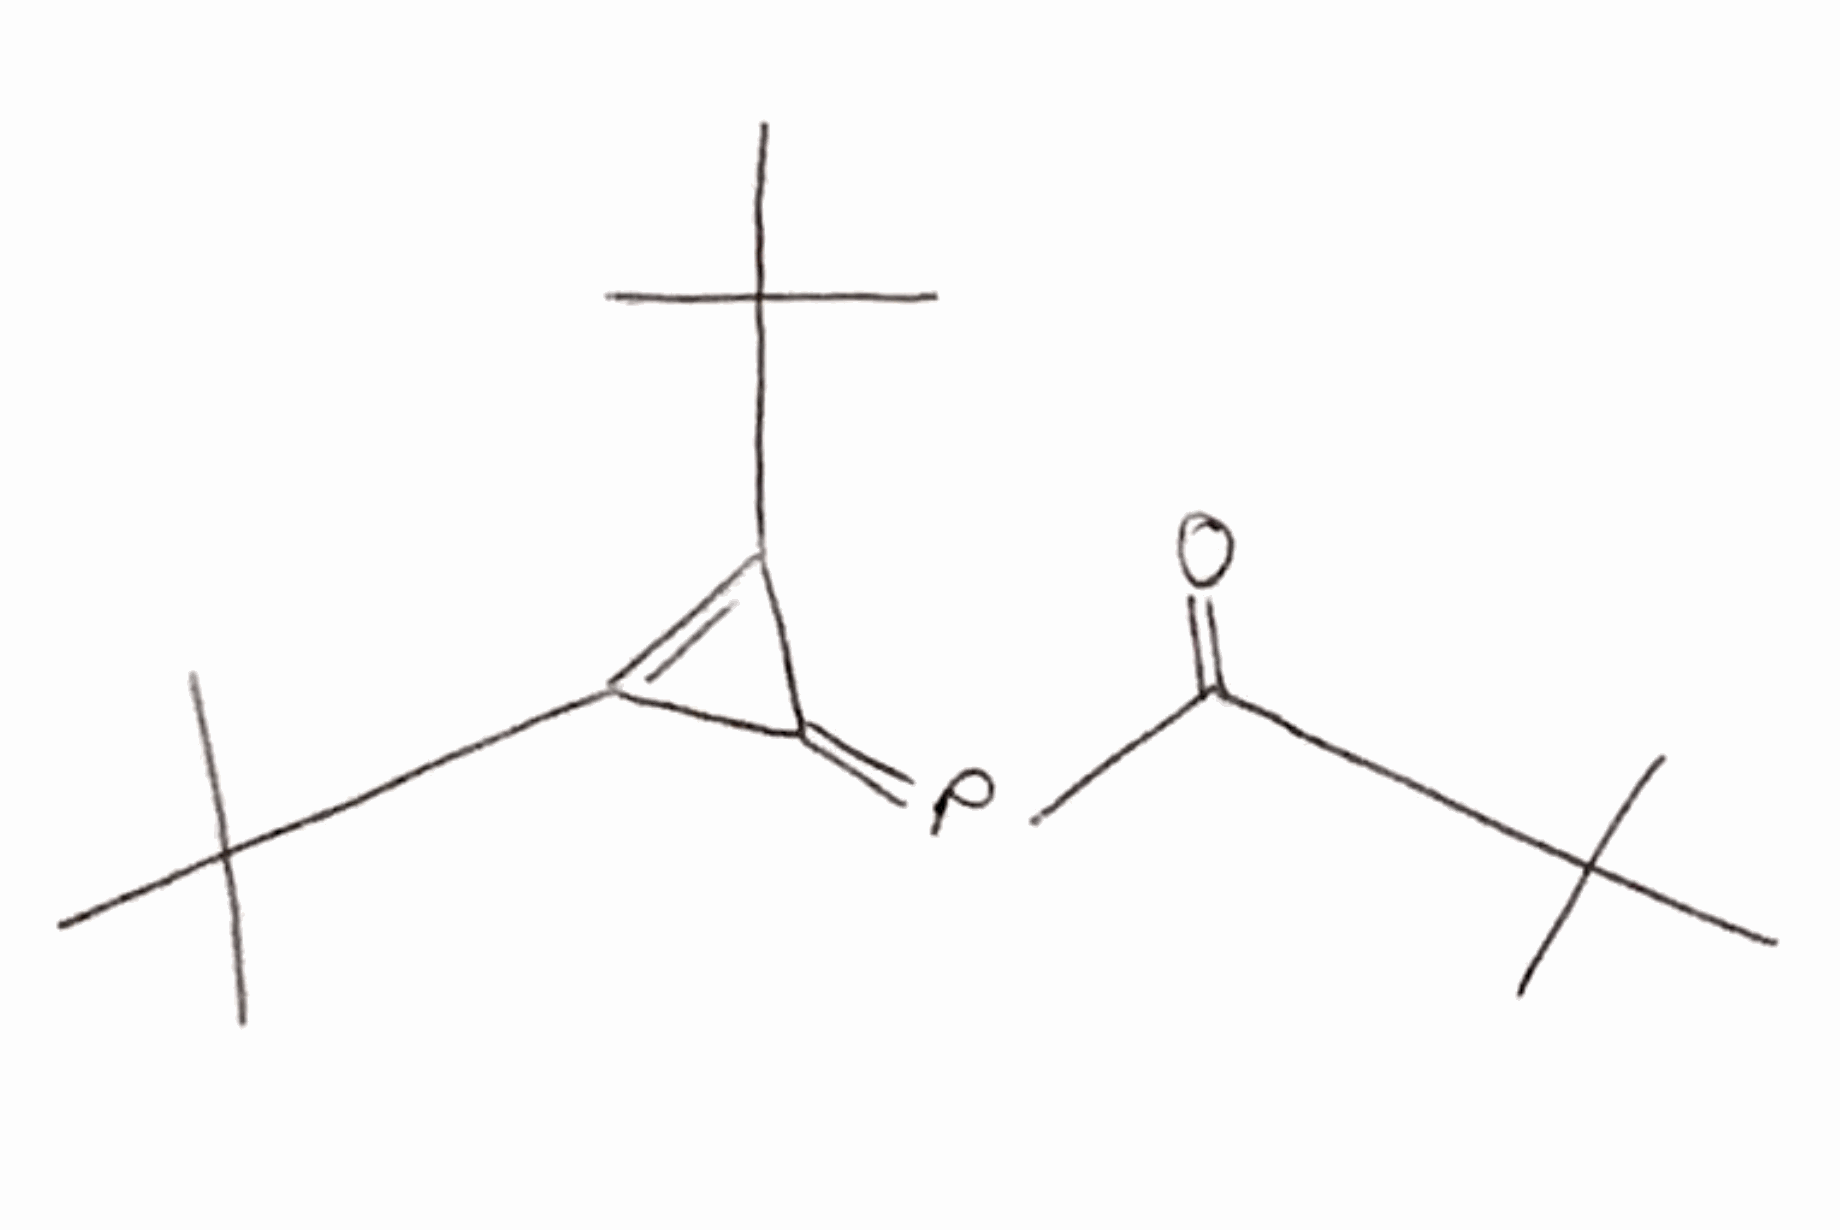
Simplified molecular-input line-entry system (SMILES) notation of the given molecule:
CC(C)(C)C1=C(C1=PC(=O)C(C)(C)C)C(C)(C)C